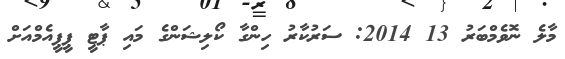
މާލެ ނޮވެމްބަރު 13 2014: ސަރުކާރު ހިންގާ ކޯލިޝަންގެ މައި ޕާޓީ ޕީޕީއެމްއަށް